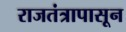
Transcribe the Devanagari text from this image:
राजतंत्रापासून